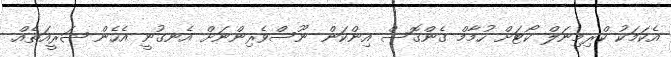
އެކަމަކު ކްރިމިނަލް ކޯޓަށް ހުމާމް ގެންގޮސް އިންކަން ނޫސްވެރިންނަށް އެނގުނީ އެހެން ޝަރީއަތެއް